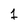
Character: 1